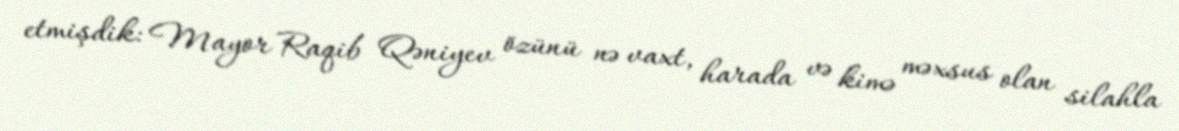
etmişdik: Mayor Raqib Qəniyev özünü nə vaxt, harada və kimə məxsus olan silahla